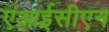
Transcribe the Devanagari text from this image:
एआईसीएन